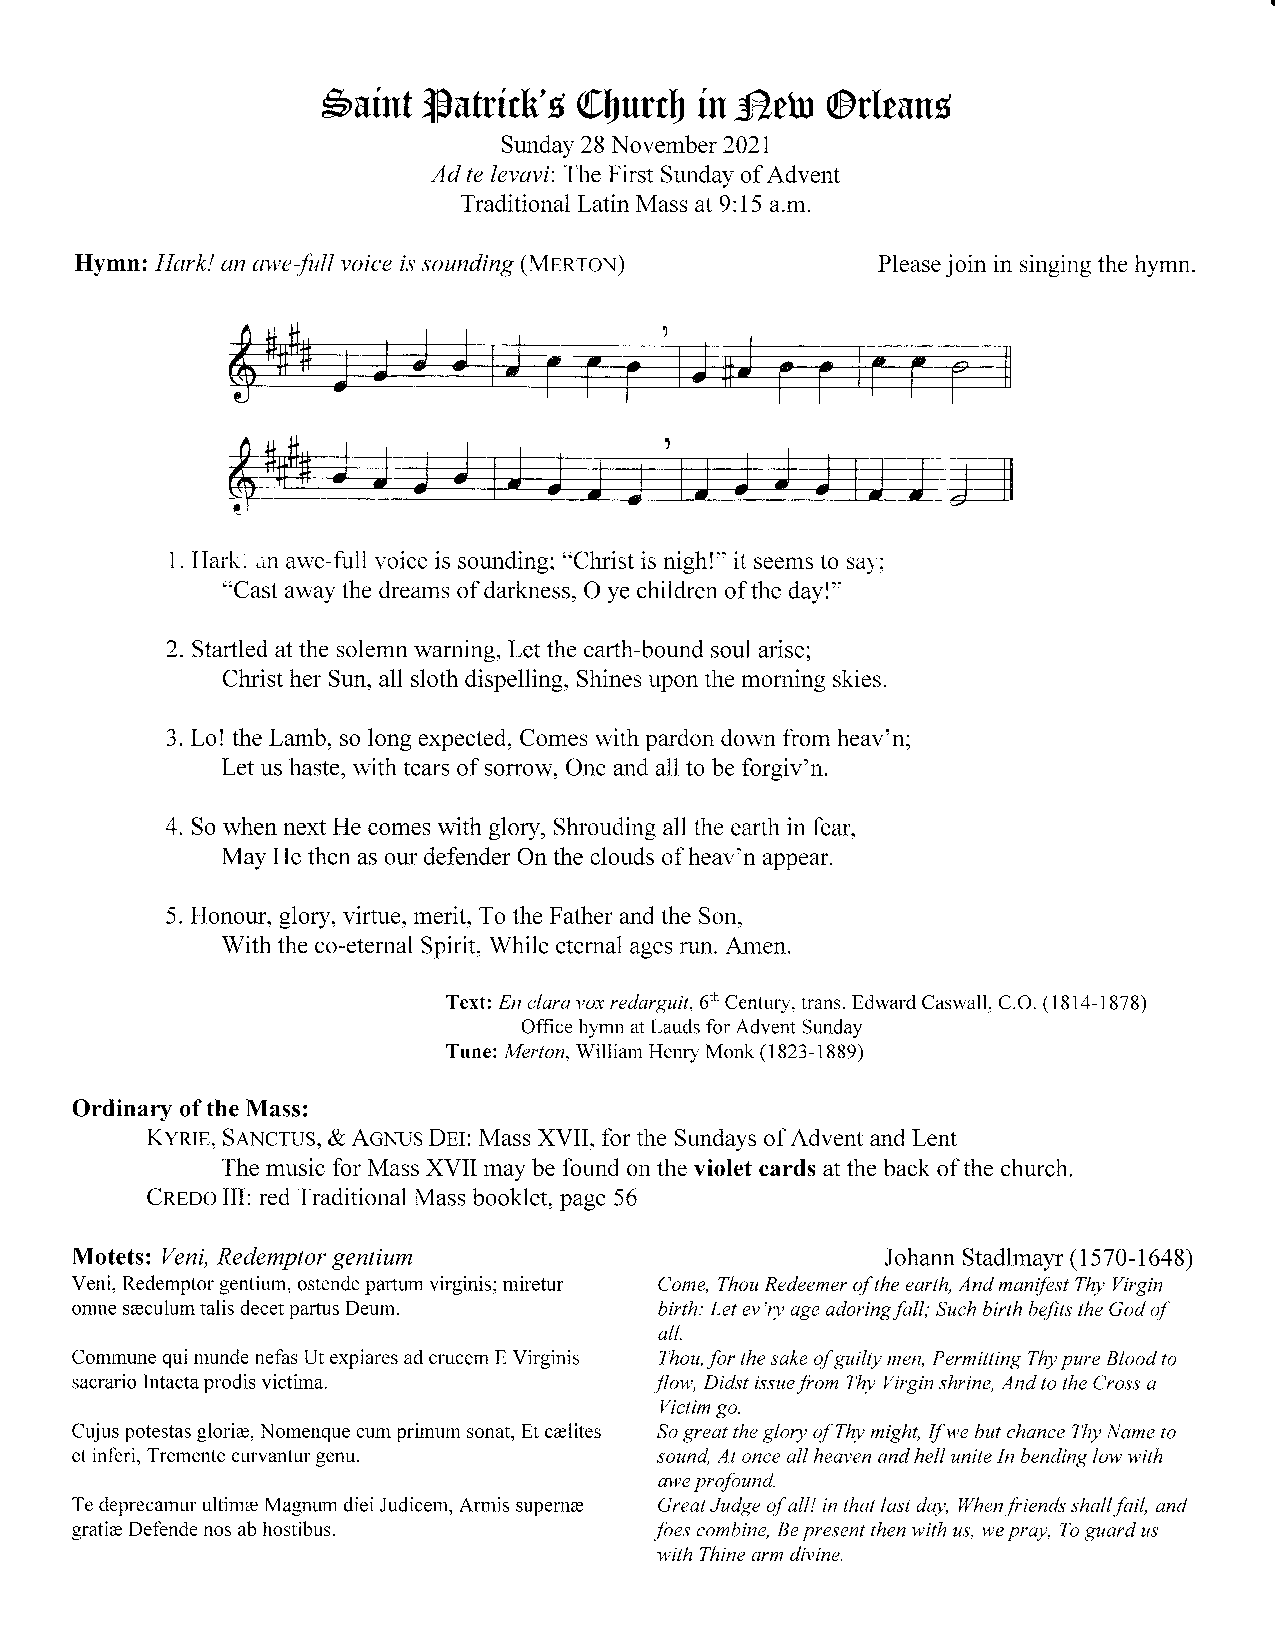
s.uint lFutrirh'fi @l1ur$ in fr.ttu @rlruns
 Sunday 28 November 2021
 Ad te levavi: The First Sunday of Advent
 Traditional Latin Mass at 9:15 a.m.
 Hymn: Hark! an awe-full voice is sounding (MenroN)   Please join in singing the hymn.
 1. Hark. an au'e-full voice is sounding; "Christ is nigh!" it seems to sa1.;
 "Cast away the dreams of darkness, O ye children of the day!"
 2. Startled at the solemn warning, Let the earth-bound soul arise;
 Christ her Sun, all sloth dispelling, Shines upon the morning skies.
 3. Lo! the Lamb, so long expected, Comes with pardon down from heav'n;
 Let us haste, with tears of sorrow, One and all to be forgiv'n.
 4. So when next He comes with glory, Shrouding all the earth in fear,
 May He then as our defender On the clouds of heav'n appear.
 5. Honour, glory, virlue, merit, To the Father and the Son,
 With the co-eternal Spirit, While eternal ages run. Amen.
 Textl. En claravox redarguit,6th Century, trans. Edward Caswall, C.O. (1814-1878)
 Office hymn at Lauds for Advent Sunday
 Tune: Mertor, Wiliiam Henry Monk (1823-1889)
 Ordinary of the Mass:
 KyRIE, SANCtus, & Acxus DpI: Mass XVII, for the Sundays of Advent and Lent
 The music for Mass XVII may be found on the violet cards at the back of the church.
 Cnpno III: red Traditional Mass booklet, page 56
 Motets: Veni, Redemptor gentium                       Johann Stadlmayr ( I 570- 1 648)
 Veni, Redemptor gentium, ostende pafium virginis; miretur Come, Thou Redeemer of the earth, And manifest Thy Virgin
 omne sreculum talis decet partus Deum. birth: Let ev'ry age adoringfall; Such birth befits the God of
 all.
 Commune qui munde nefas Ut expiares ad crucem E Virginis Thou, for the sake of guilty men, Permitting Thy pure Blood to
 victima.
 sacrario Intacta prodis               flow, Didst issuefrom Thy l/irgin shrine, And to the Cross a
 Victim go.
 Cujus potestas glorire, Nomenque cum primum sonat, Et crelites So great the glory of Thy ntigh4 If we btn chance Thy Name to
 genu.
 et inferi, Tremente curvantur          sound, At once all heaven and hell unite In bending low with
 awe profowtd.
 Te deprecamur ultimre Magnum diei Judicem, Armis supemre Great Jttdge of all! in that last day, llthenfriends shall fail, and
 gratia Defende nos ab hostibus.       foes combine, Be present then with us, we pray, To gttard us
 with Thine arm divine.